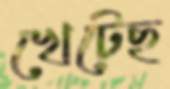
খেটেছ